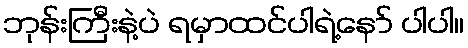
ဘုန်းကြီးနဲ့ပဲ ရမှာထင်ပါရဲ့နော် ပါပါ။